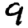
Digit: 9